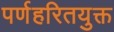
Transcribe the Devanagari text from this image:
पर्णहरितयुक्त